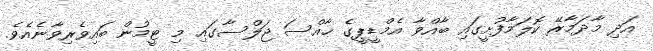
އަދި މާދަމާރޭ ކޮލަމާފުށީގައި ބާއްވާ އެމްޑީޕީގެ ޚާއްސަ ޖަލްސާގައި މި ޓީމުން ބައިވެރިވާނެއެވެ.